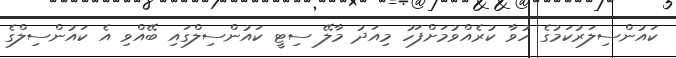
ކައުންސިލަރުކަމުގެ ހުވާ ކުރެއްވުމަށްފަހު މިއަދު މާލޭ ސިޓީ ކައުންސިލްގައި ބޭއްވި އެ ކައުންސިލްގެ